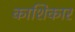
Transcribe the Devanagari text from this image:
काशिकार